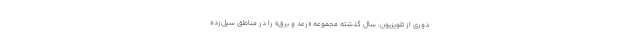
دوری از تلویزیون، سال گذشته مجموعه «رعد و برق» را در مناطق سیل‌زده